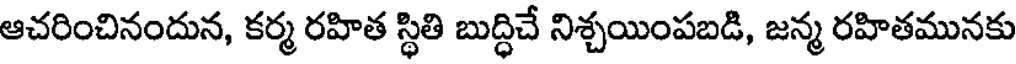
ఆచరించినందున, కర్మ రహిత స్థితి బుద్ధిచే నిశ్చయింపబడి, జన్మ రహితమునకు